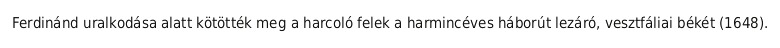
Ferdinánd uralkodása alatt kötötték meg a harcoló felek a harmincéves háborút lezáró, vesztfáliai békét (1648).